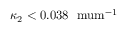
\kappa _ { 2 } < 0 . 0 3 8 ~ \mathrm { \ m u m ^ { - 1 } }